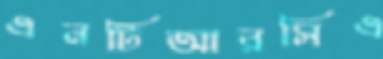
এনটিআরসিএ